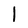
Character: 1